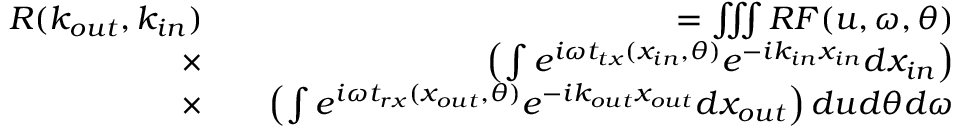
\begin{array} { r l r } { R ( k _ { o u t } , k _ { i n } ) } & { } & { = \iiint R F ( u , \omega , \theta ) } \\ { \times } & { } & { \left( \int { e ^ { i \omega t _ { t x } ( x _ { i n } , \theta ) } e ^ { - i k _ { i n } x _ { i n } } d x _ { i n } } \right) } \\ { \times } & { } & { \left( \int { e ^ { i \omega t _ { r x } ( x _ { o u t } , \theta ) } e ^ { - i k _ { o u t } x _ { o u t } } d x _ { o u t } } \right) d u d \theta d \omega } \end{array}